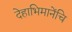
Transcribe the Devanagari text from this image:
देहाभिमानेंचि